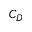
C _ { D }